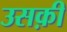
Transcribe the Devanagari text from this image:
उसक़ी